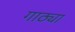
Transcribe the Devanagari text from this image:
गाठ्या